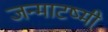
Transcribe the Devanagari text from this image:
जन्माटष्मी